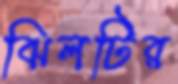
ঝিলটির